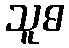
သူဓ